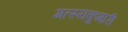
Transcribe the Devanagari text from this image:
मत्स्यकुमारी